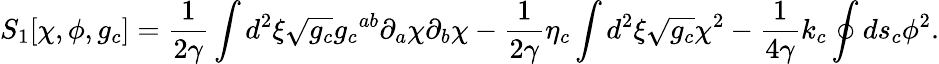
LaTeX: {S_{1}}[\chi,\phi,{g_{c}}]={\frac{1}{2\gamma}}\int{d^{2}}\xi\sqrt{g_{c}}{{g_{c}}^{ab}}{\partial_{a}}\chi{\partial_{b}}\chi-{\frac{1}{2\gamma}}{\eta_{c}}\int{d^{2}}\xi\sqrt{g_{c}}{\chi^{2}}-{\frac{1}{4\gamma}}{k_{c}}\oint{d}{s_{c}}{\phi^{2}}.